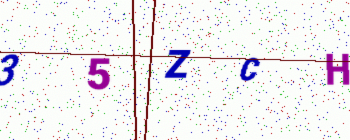
Text: 35ZCH